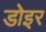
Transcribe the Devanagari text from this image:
डोइर